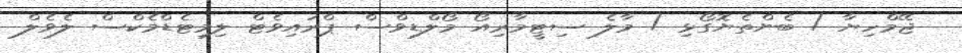
ޖޭމްހިޔާ / ބެންތެޔޮގޯޅި / މާލެ ސިޓީމާރިއޯ މޯލްޑިވްސް ޕްރައިވެޓް ލިމިޓެޑްމެކްސް ލެވެލް